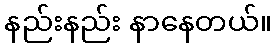
နည်းနည်း နာနေတယ်။